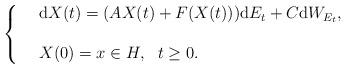
LaTeX: \begin{align*}\left\{ \begin{array}{rl}&\mathrm{d}X(t) = (AX(t) + F(X(t)))\mathrm{d}E_{t} + C\mathrm{d}W_{E_{t}},\\&\\& X(0) = x \in H, ~~t\geq 0.\end{array} \right.\end{align*}